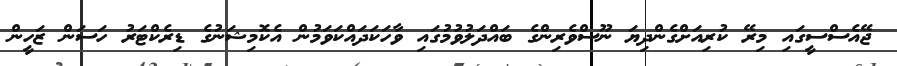
ޖޭއެސްސީގައި މިރޭ ކުރިއަށްގެންދިޔަ ނޫސްވެރިންގެ ބައްދަލުވުމުގައި ވާހަކަދައްކަވަމުން އެކޮމިޝަނުގެ ޑިރެކްޓަރު ހަސަން ޒަހީން